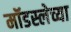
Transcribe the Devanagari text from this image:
मॉडस्लेच्या